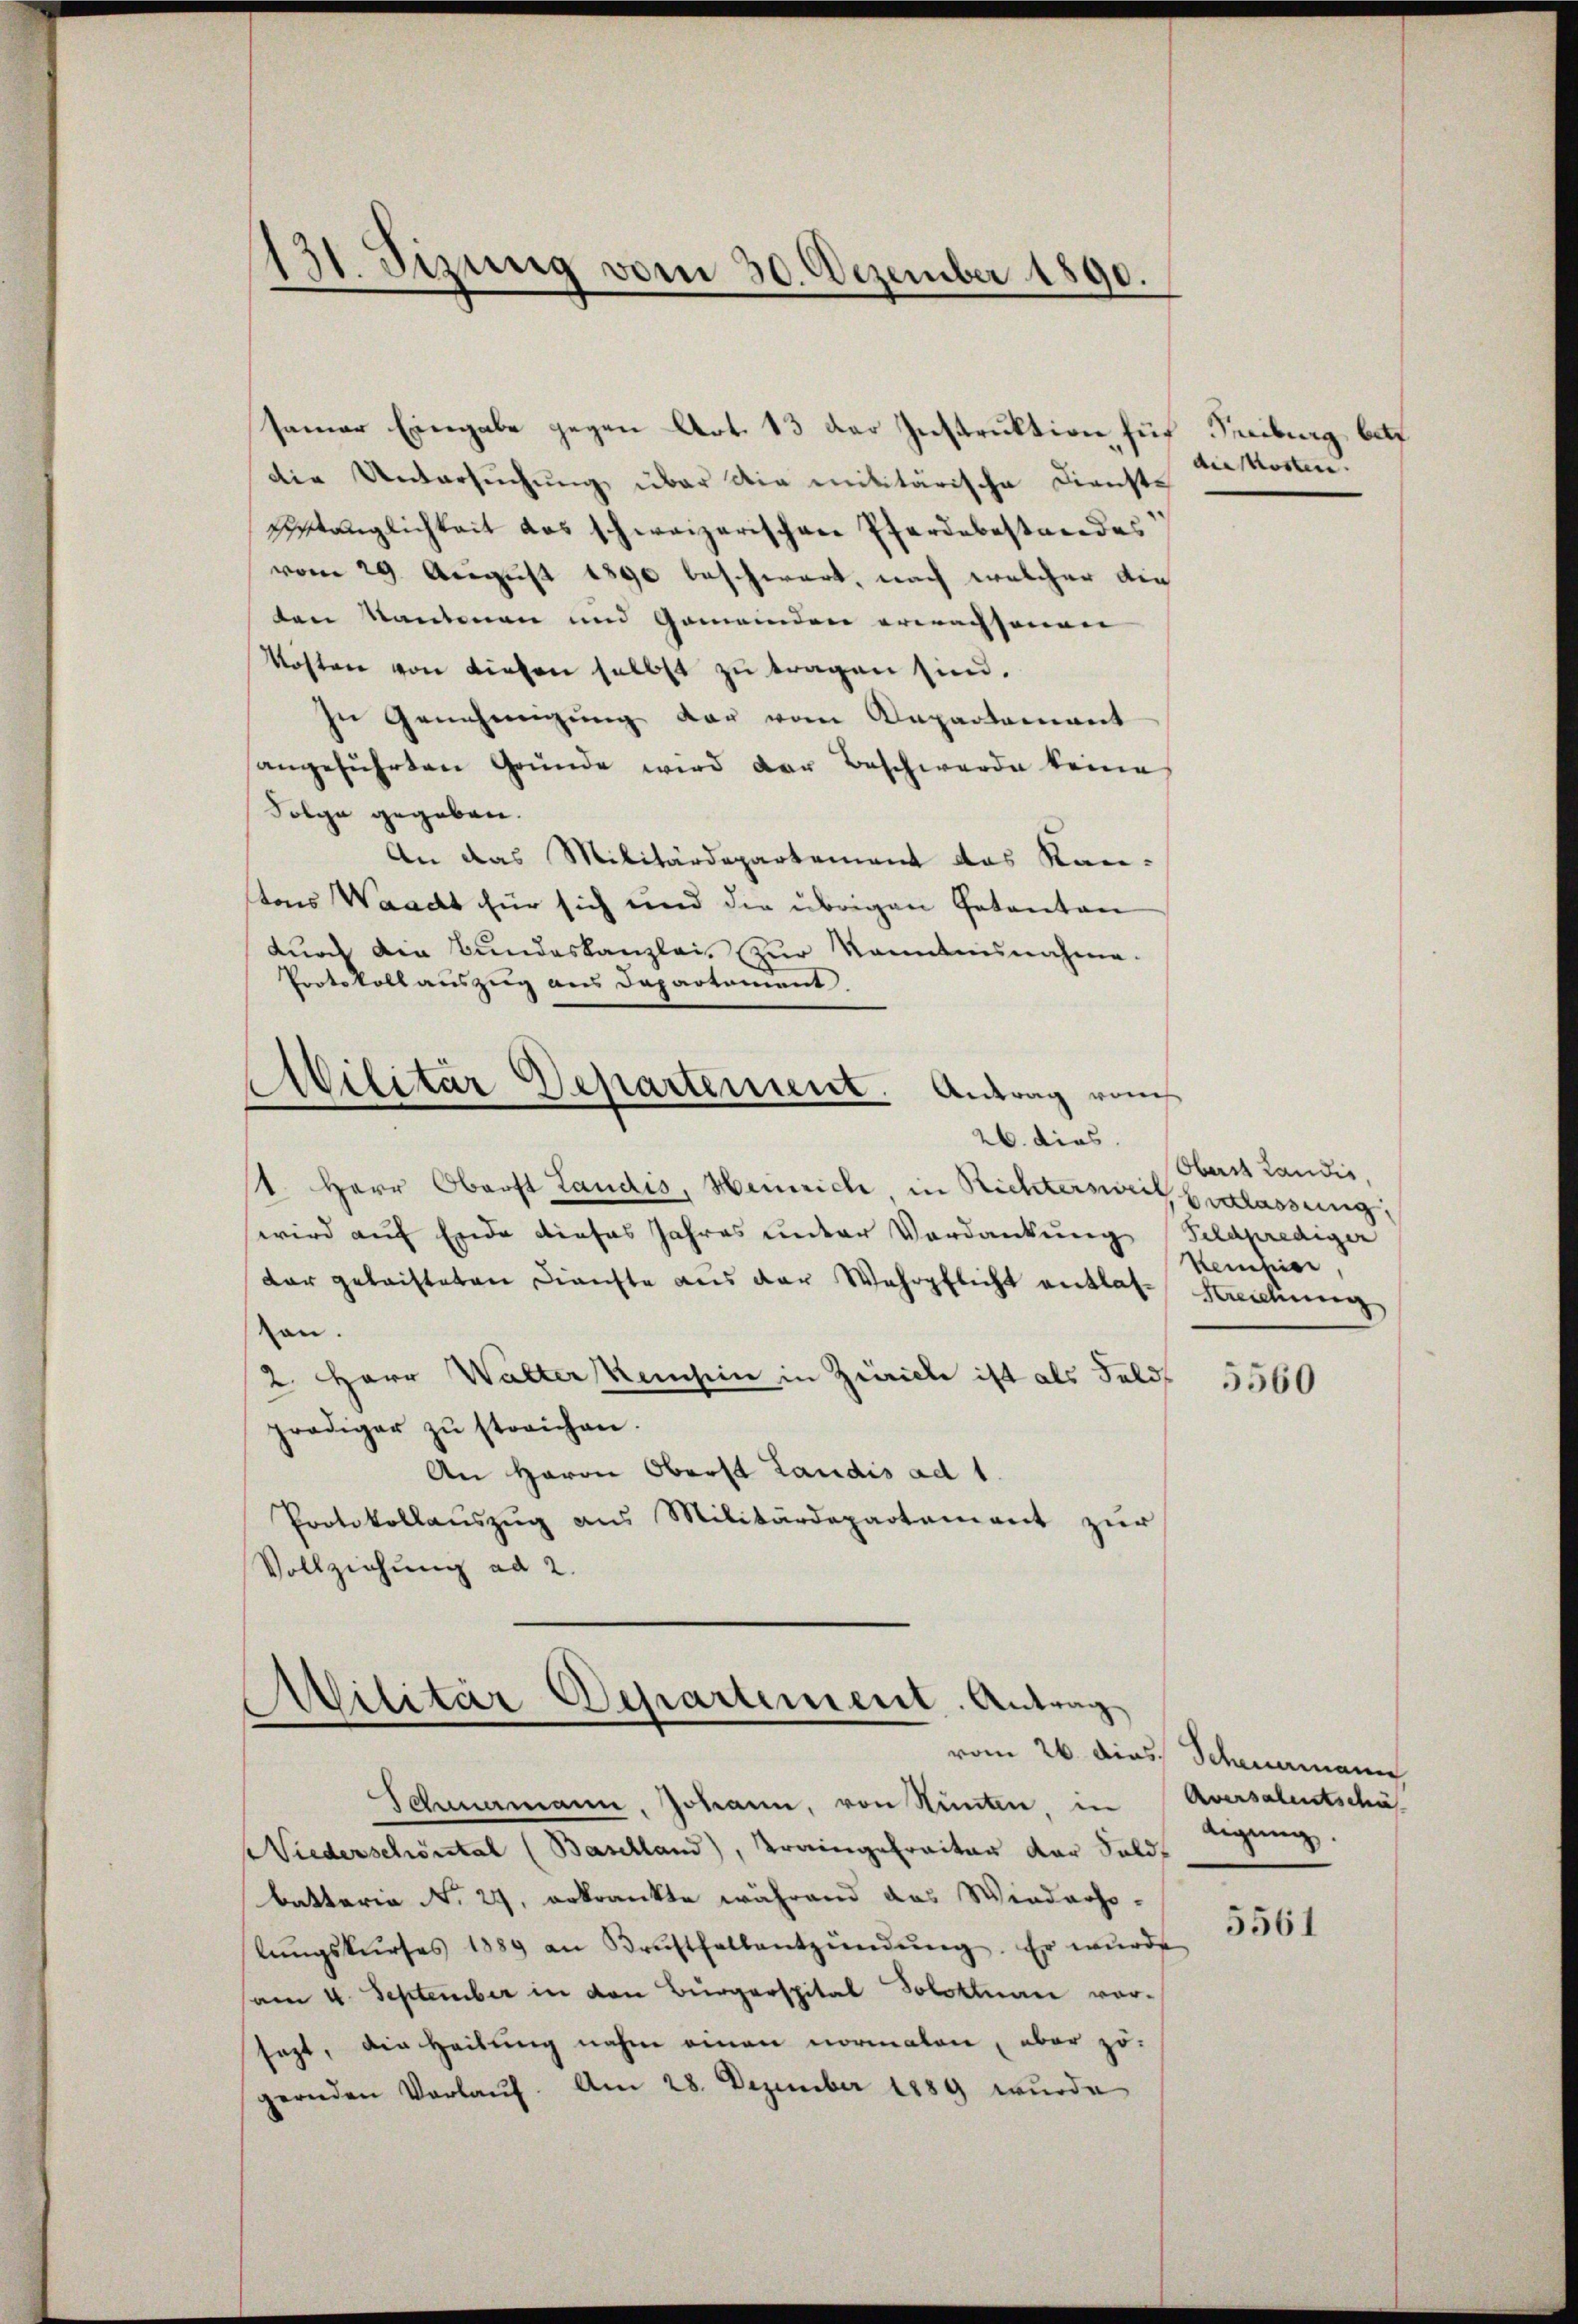
31. Sizung vom 30. Dezember 1890.

samer Eingabe gegen Art. 13 der Instruktion für Streiburg, bet
die Untersuchung über die militärische Dienste
Etänglichkeit das schweizerischen Pferdebestandes
vom 29. August 1890 beschwert, nach welcher die
ten Kantonen und Gemeinden erwachsenen |
kosten von Liefen selbst zu tragen sind.
In Genehmigung der vom Departement
angeführten Gründe wird der Beschwerde keine
Folge gegeben.
An das Militärdepartement das Kanstons Waadt für sich und die übrigen Petenten
durch die Bundeskanzlei zur Kenntnisnahme.
Protokoll auszug aus Departement.
Militär Departement. Antrag vom
26. dies
/1. Herr Oberst Landis, Heinrich, in Richtersweil, belassung,
wird auf Ende dieses Jahres unter Verdankung Feldprediger
dar geleisteten Dienste aus der Wehrpflicht entlas- Streichung
von.
2. Herr Walter Kenhin in Zürich ist als Feld
prödiger zŭ streichen.
An Herrn Oberst Landis ad 1.
Protokollaŭszŭg aŭs Militärdepartement zŭr
Vollziehung ad 2.

.
Schmermann, Johann, von Stünten, in Aversalentschät
s Niederschönstal (Baselland), Kraingetraiter der Sold
battaria No. 29. erkrankte während das Wiederho-
lŭngskŭrses 1889 an Brustfallentzündŭng. Er wurde
am 4. September in den Bürgerspital Solothurn vor-
sagt, die Heilung nahm einen normalen, aber zu-
gernden Vorlauf. Am 28. Dezember 1889 wurde

Militär Departement. Antrag

der Kosten.

Oberst Landis,
Keinfier

5560

vom 26. dies Scheuermann
digung.

5561